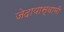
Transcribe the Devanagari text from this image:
जेदायास्वामी